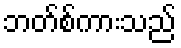
ဘတ်စ်ကားသည်